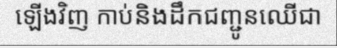
ឡើងវិញ កាប់និងដឹកជញ្ជូនឈើជា